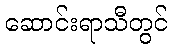
ဆောင်းရာသီတွင်